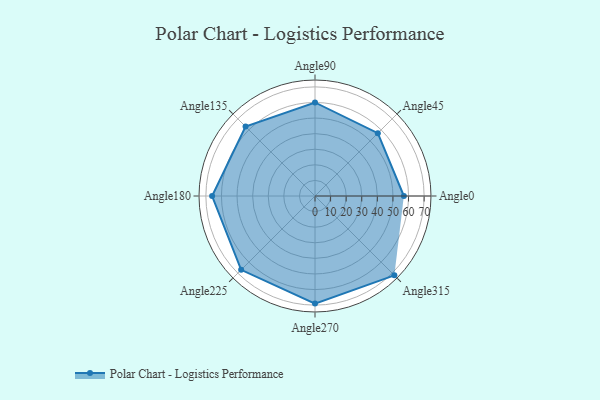
{"axis": {"x": "Angle", "y": "Radius"}, "legend": [""], "data": [{"x": "Angle0", "y": 57.0, "type": ""}, {"x": "Angle45", "y": 57.0, "type": ""}, {"x": "Angle90", "y": 60.0, "type": ""}, {"x": "Angle135", "y": 63.0, "type": ""}, {"x": "Angle180", "y": 66.0, "type": ""}, {"x": "Angle225", "y": 67.0, "type": ""}, {"x": "Angle270", "y": 69.0, "type": ""}, {"x": "Angle315", "y": 72.0, "type": ""}]}